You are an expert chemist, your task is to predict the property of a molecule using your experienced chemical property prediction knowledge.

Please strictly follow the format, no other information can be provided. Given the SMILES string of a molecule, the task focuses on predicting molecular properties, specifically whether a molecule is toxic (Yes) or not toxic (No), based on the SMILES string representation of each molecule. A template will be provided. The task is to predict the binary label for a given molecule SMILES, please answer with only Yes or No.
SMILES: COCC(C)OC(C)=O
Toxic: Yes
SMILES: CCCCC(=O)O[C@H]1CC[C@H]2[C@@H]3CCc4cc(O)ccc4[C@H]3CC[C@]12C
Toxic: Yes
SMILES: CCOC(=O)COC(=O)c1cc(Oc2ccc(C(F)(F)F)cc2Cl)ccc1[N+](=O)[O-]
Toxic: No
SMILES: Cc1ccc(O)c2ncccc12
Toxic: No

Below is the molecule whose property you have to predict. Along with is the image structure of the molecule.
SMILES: C=COCC1CCC(COC=C)CC1
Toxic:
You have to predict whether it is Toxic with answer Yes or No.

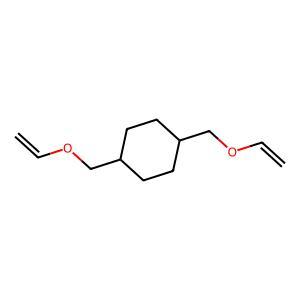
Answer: No